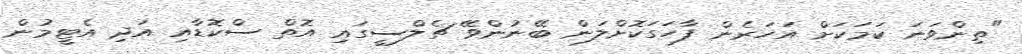
"ތިންވަނަ ކަމަކަށް އަހަރެން ފާހަގަކޮށްލަން ބޭނުންވޭ ޗެލްސީގައި އޮތް ސްކޮޑާއި އަދި އެޓީމުން